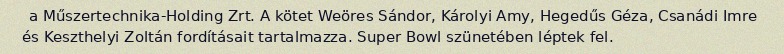
a Műszertechnika-Holding Zrt. A kötet Weöres Sándor, Károlyi Amy, Hegedűs Géza, Csanádi Imre és Keszthelyi Zoltán fordításait tartalmazza. Super Bowl szünetében léptek fel.